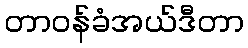
တာဝန်ခံအယ်ဒီတာ